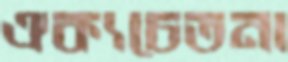
ঐক্যচেতনা